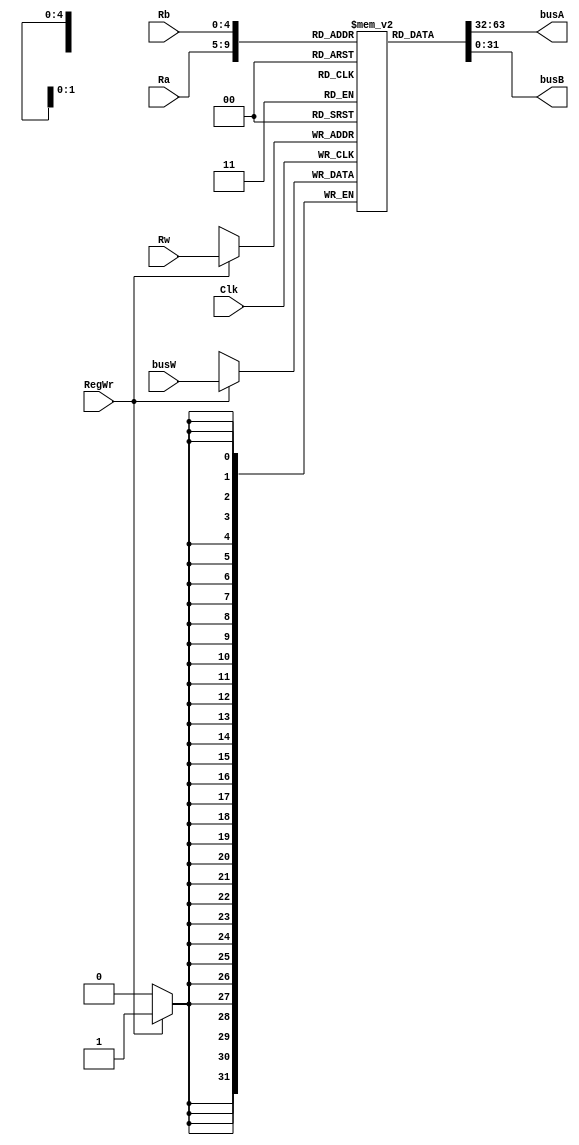
//*cpu32
module reg_32 (
    input [4:0] Rw,
    input [4:0] Ra,
    input [4:0] Rb,
    input RegWr,
    input [31:0] busW,
    input Clk,
    output wire [31:0] busA,
    output wire [31:0] busB
);
    reg [31:0] reg_32 [31:0];
    assign busA = reg_32[Ra];
    assign busB = reg_32[Rb];

    always @ (posedge Clk) begin
        if (RegWr) begin
            reg_32[Rw] <= busW;
        end
    end
endmodule